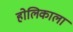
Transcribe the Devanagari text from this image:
होलिकाला